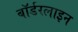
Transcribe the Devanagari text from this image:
बॉर्डरलाइन